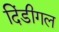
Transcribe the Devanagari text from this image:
दिंडीगल